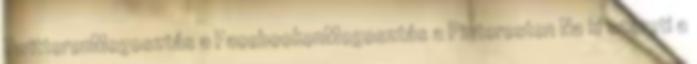
TwitterenMegosztás a FacebookonMegosztás a Pinteresten Na ki szereti a